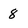
Character: 8